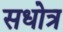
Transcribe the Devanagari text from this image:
सधोत्र